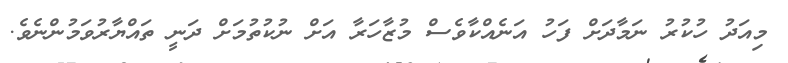
މިއަދު ހުކުރު ނަމާދަށް ފަހު އަނެއްކާވެސް މުޒާހަރާ އަށް ނުކުތުމަށް ދަނީ ތައްޔާރުވަމުންނެވެ.